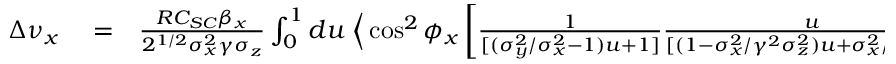
\begin{array} { r l r } { \Delta \nu _ { x } } & { { } = } & { \frac { R C _ { S C } \beta _ { x } } { 2 ^ { 1 / 2 } \sigma _ { x } ^ { 2 } \gamma \sigma _ { z } } \int _ { 0 } ^ { 1 } d u \; \Big \langle \cos ^ { 2 } \phi _ { x } \left[ \frac { 1 } { [ ( \sigma _ { y } ^ { 2 } / \sigma _ { x } ^ { 2 } - 1 ) u + 1 ] } \frac { u } { [ ( 1 - \sigma _ { x } ^ { 2 } / \gamma ^ { 2 } \sigma _ { z } ^ { 2 } ) u + \sigma _ { x } ^ { 2 } / \gamma ^ { 2 } \sigma _ { z } ^ { 2 } ] } \right] ^ { 1 / 2 } } \end{array}